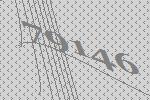
79146